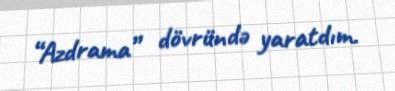
“Azdrama” dövründə yaratdım.